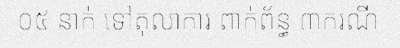
០៥ នាក់ ទៅតុលាការ ពាក់ព័ន្ធ ៣ករណី